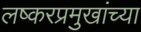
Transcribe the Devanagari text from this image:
लष्करप्रमुखांच्या